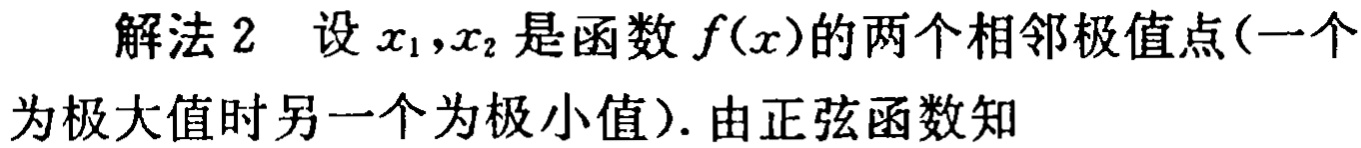
解法 2 设 \(x_1,x_2\) 是函数 \(f(x)\) 的两个相邻极值点(一个为极大值时另一个为极小值). 由正弦函数知